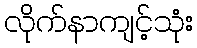
လိုက်နာကျင့်သုံး